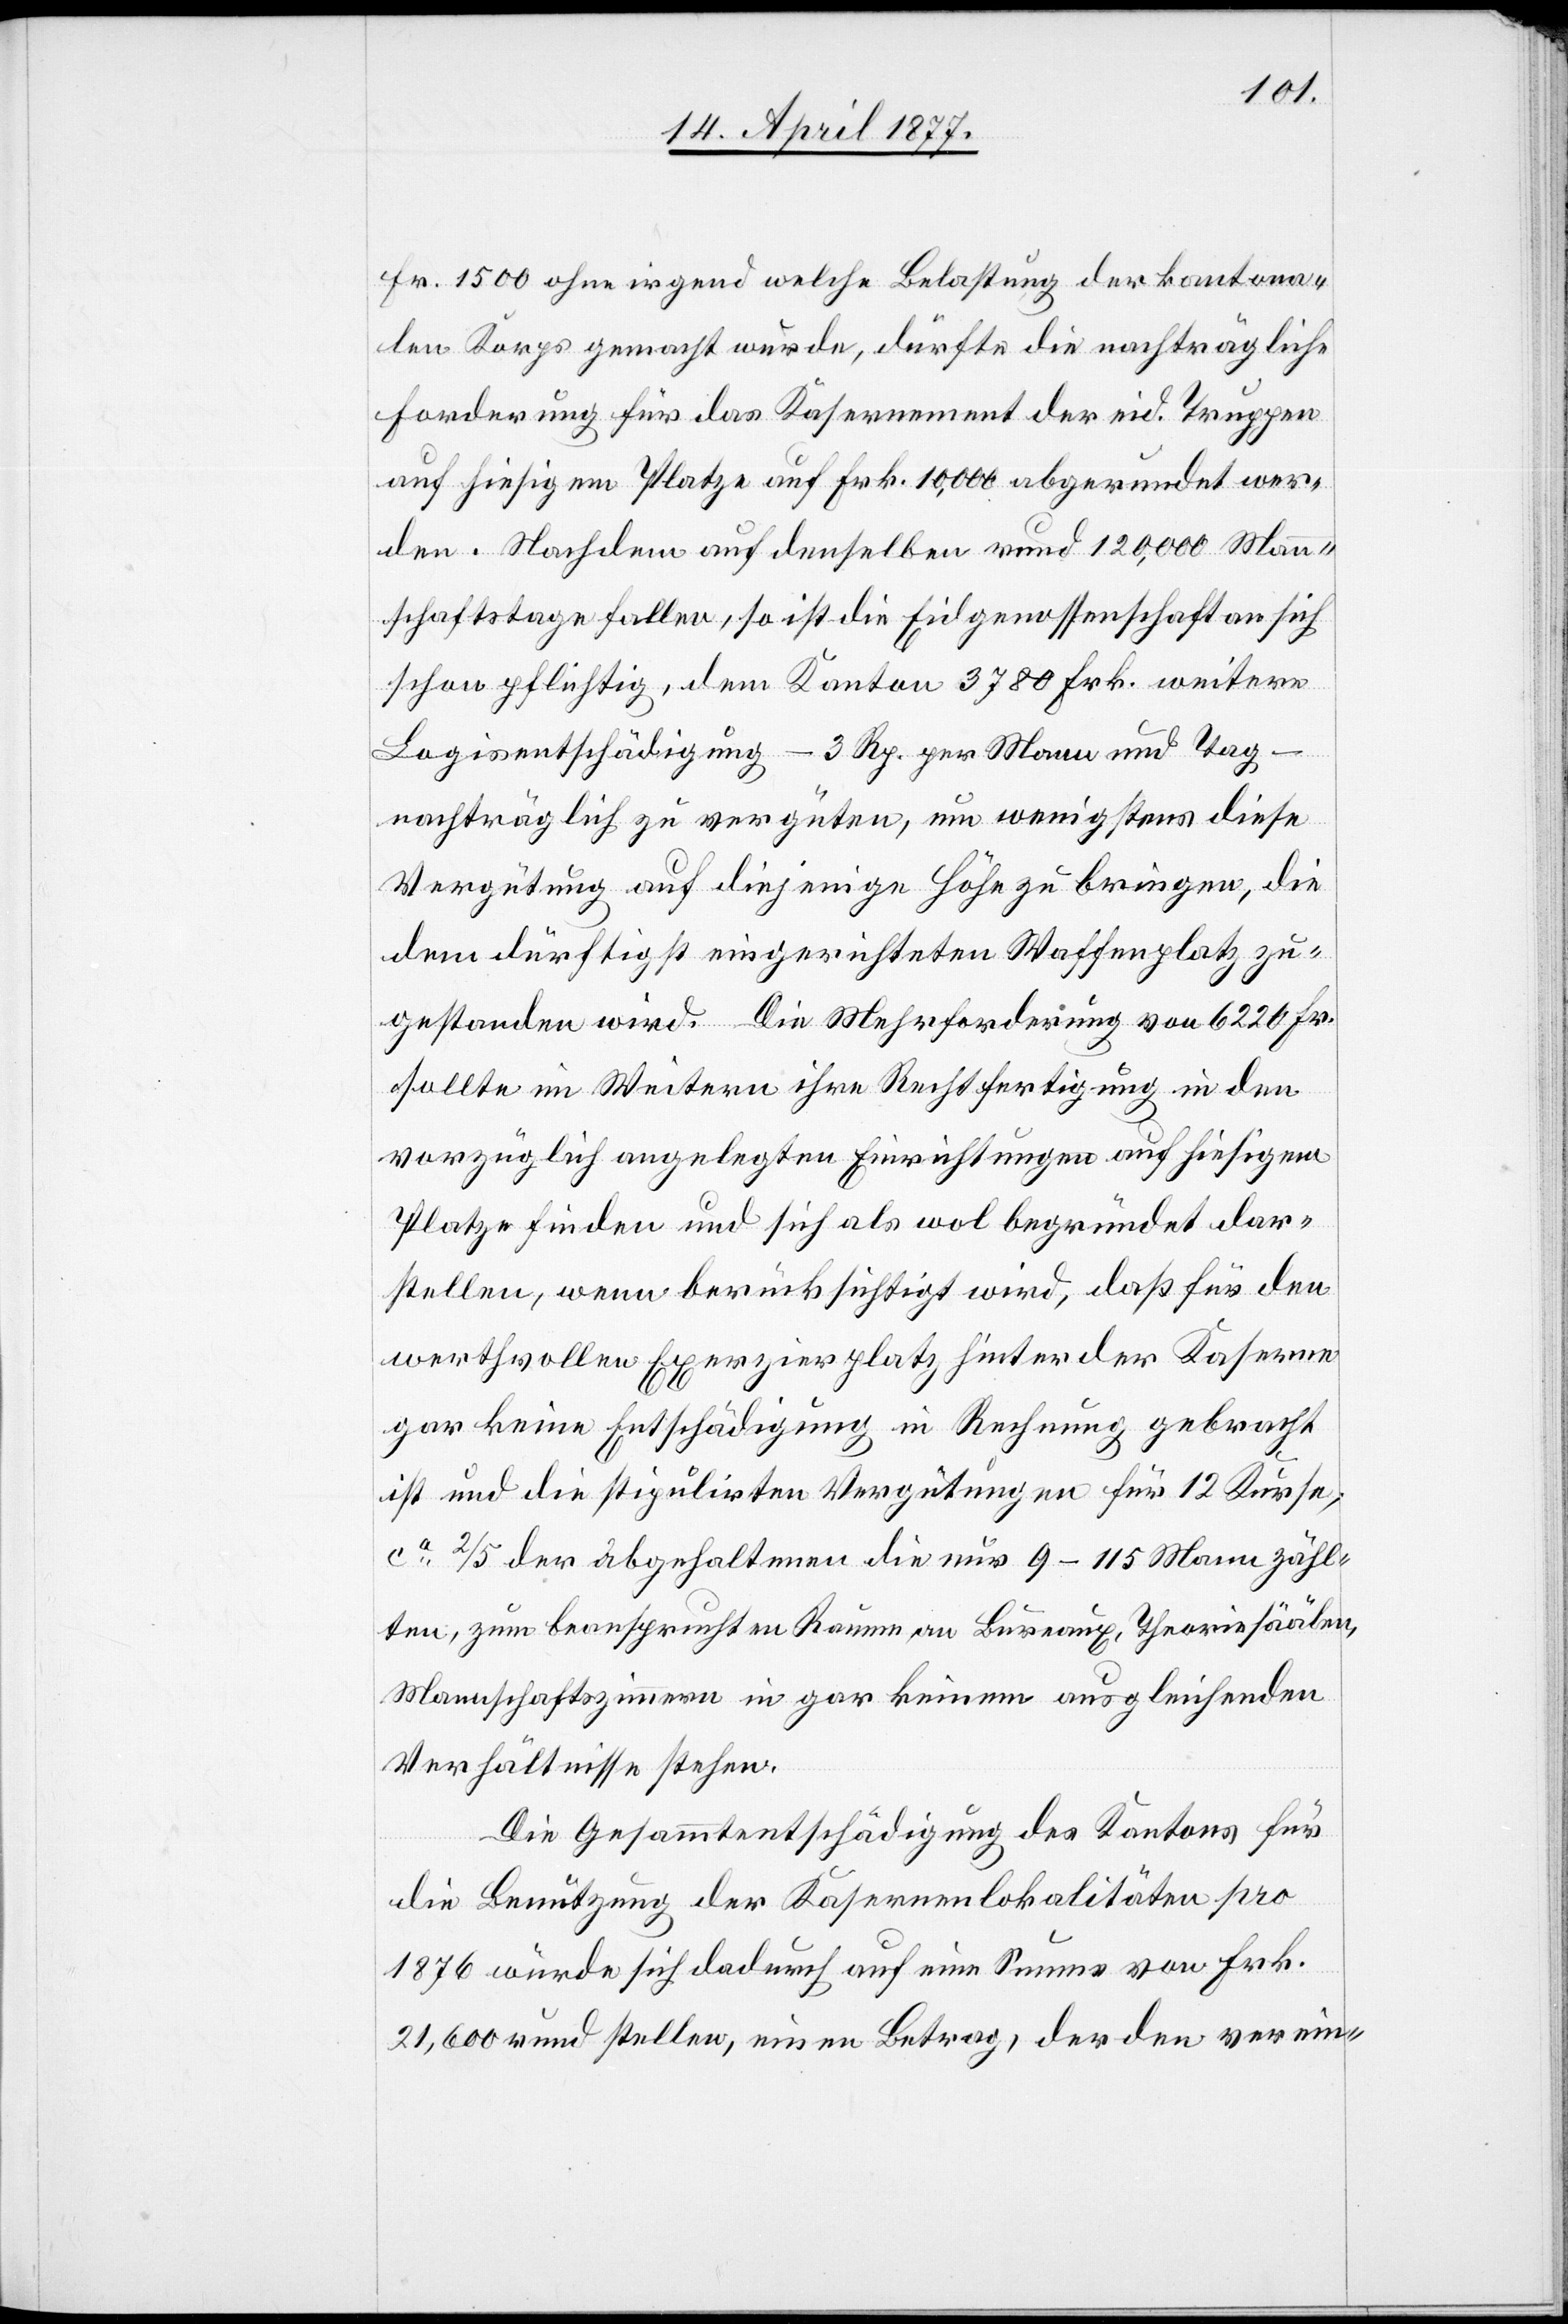
Fr. 1500 ohne irgend welche Belastung der kantona¬
len Korps gemacht wurde, dürfte die nachträgliche
Forderung für das Kasernement der eid. Truppen
auf hiesigem Platze auf Frk. 10,000 abgerundet wer¬
den. Nachdem auf denselben rund 120,000 Mann¬
schaftstage fallen, so ist die Eidgenossenschaft an sich
schon pflichtig, dem Kanton 3780 Frk. weitere
Logisentschädigung – 3 Rp. per Mann und Tag –
nachträglich zu vergüten, um wenigstens diese
Vergütung auf diejenige Höhe zu bringen, die
dem dürftigst eingerichteten Waffenplatz zu¬
gestanden wird. Die Mehrforderung von 6220 Fr.
sollte im Weitern ihre Rechtfertigung in den
vorzüglich angelegten Einrichtungen auf hiesigem
Platze finden und sich als wol begründet dar¬
stellen, wenn berücksichtigt wird, daß für den
werthvollen Exerzierplatz hinter der Kaserne
gar keine Entschädigung in Rechnung gebracht
ist und die stipulirten Vergütungen für 12 Kurse,
ca 2/5 der abgehaltenen die nur 9–115 Mann zähl¬
ten, zum beanspruchten Raume an Bureaux, Theoriesäälen,
Mannschaftszimmern in gar keinem ausgleichenden
Verhältnisse stehen.
Die Gesammtentschädigung des Kantons für
die Benutzung der Kasernenlokalitäten pro
1876 würde sich dadurch auf eine Summe von Frk.
21,600 rund stellen, einen Betrag, der den verein-